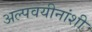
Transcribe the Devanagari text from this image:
अल्पवयीनांशी